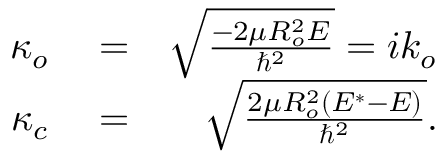
\begin{array} { r l r } { \kappa _ { o } } & { { } = } & { \sqrt { \frac { - 2 \mu R _ { o } ^ { 2 } E } { \hbar ^ { 2 } } } = i k _ { o } } \\ { \kappa _ { c } } & { { } = } & { \sqrt { \frac { 2 \mu R _ { o } ^ { 2 } ( E ^ { * } - E ) } { \hbar ^ { 2 } } } . } \end{array}